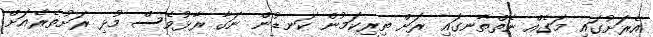
އެރަށުގައި މަގެއް ނެތްތާނގައި ރަށް ތިރިކަމުން ކަނޑުން ނަގާ ރާޅުވެސް މުޅި ރަށުތެރެއަށް